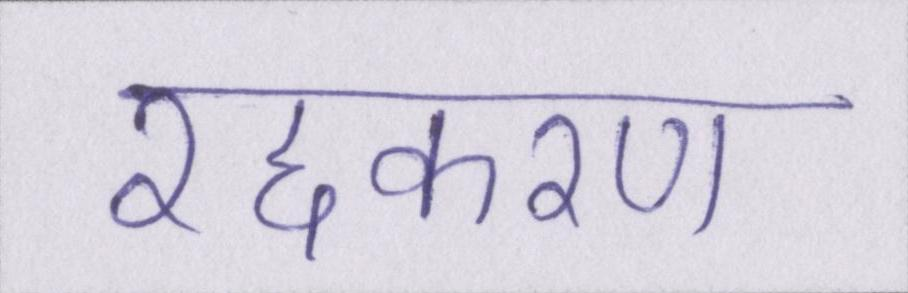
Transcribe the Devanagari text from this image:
रद्दकरण